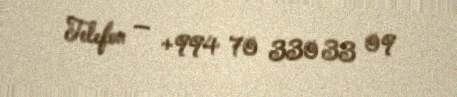
Telefon — +994 70 330 33 09